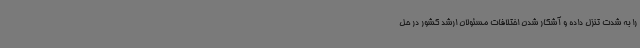
را به شدت تنزل داده و آشکار شدن اختلافات مسئولان ارشد کشور در حل